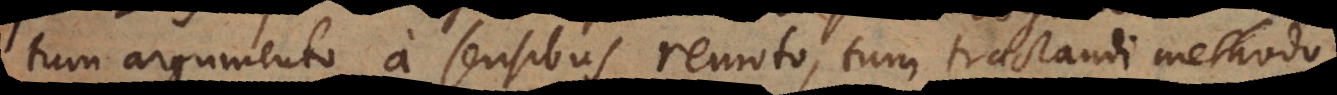
tum argumento a sensibus remoto, tum tractandi methodo,